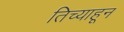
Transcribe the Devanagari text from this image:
तिच्याहून